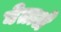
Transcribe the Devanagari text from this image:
घेताले